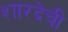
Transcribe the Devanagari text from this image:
शारदेची